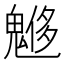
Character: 𩳲